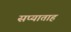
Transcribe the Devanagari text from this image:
सप्याताह